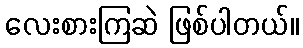
လေးစားကြဆဲ ဖြစ်ပါတယ်။